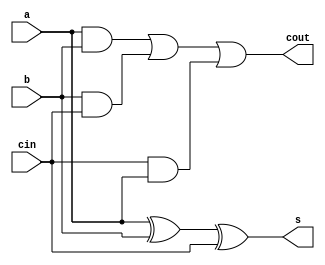
`timescale 1ns / 1ps
//////////////////////////////////////////////////////////////////////////////////
// Company: 
// Engineer: 
// 
// Design Name: 
// Module Name: FullAdder_DataFlow
// Project Name: 
// Target Devices: 
// Tool Versions: 
// Description: 
// 
// Dependencies: 
// 
// Revision:
// Revision 0.01 - File Created
// Additional Comments:
// 
//////////////////////////////////////////////////////////////////////////////////


module FullAdder_DataFlow(a, b, cin, s, cout);
input a, b, cin;
output s, cout;
assign s = a ^ b ^ cin;
assign cout = (a & b) | (b & cin) | (cin & a);
endmodule

module testbench;
reg a, b, cin;
wire s, cout;
FullAdder_DataFlow uut(a, b, cin, s, cout);
initial
begin
    a = 0;
    b = 1;
    cin = 0;
    #10
    a = 1;
    b = 1;
    cin = 1;
    #10
    a = 0;
    b = 0;
    cin = 0;
    #10
    a = 1;
    b = 1;
    cin = 0;
end
endmodule